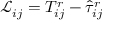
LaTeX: { \mathcal { L } } _ { i j } = T _ { i j } ^ { r } - { \hat { \tau } } _ { i j } ^ { r }